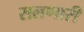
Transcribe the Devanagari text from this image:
सलणारी